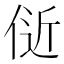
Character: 𬾞